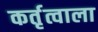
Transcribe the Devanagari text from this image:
कर्तृत्वाला